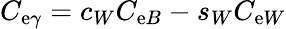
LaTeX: C_{\mathrm{e}\gamma}=c_{W}C_{\mathrm{e}B}-s_{W}C_{\mathrm{e}W}